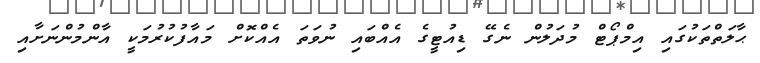
ޙާލަތްތަކުގައި އިމްޕޯޓް މުދަލުން ނެގޭ ޑިއުޓީގެ އެއްބައި ނުވަތަ އެއްކޮށް މައާފުކުރުމަކީ އާންމުންނަށާއި